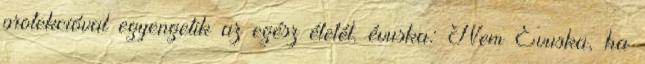
protekcióval egyengetik az egész életét. évuska: Nem Évuska, ha